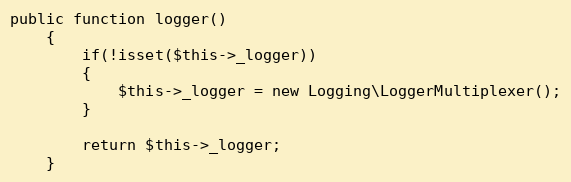
Language: PHP
public function logger()
	{
		if(!isset($this->_logger))
		{
			$this->_logger = new Logging\LoggerMultiplexer();
		}

		return $this->_logger;
	}